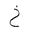
Letter: _kha